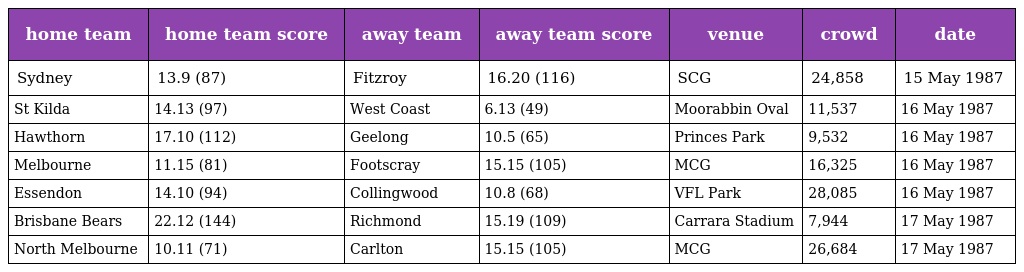
| home team | home team score | away team | away team score | venue | crowd | date |
 | --- | --- | --- | --- | --- | --- | --- |
 | Sydney | 13.9 (87) | Fitzroy | 16.20 (116) | SCG | 24,858 | 15 May 1987 |
 | St Kilda | 14.13 (97) | West Coast | 6.13 (49) | Moorabbin Oval | 11,537 | 16 May 1987 |
 | Hawthorn | 17.10 (112) | Geelong | 10.5 (65) | Princes Park | 9,532 | 16 May 1987 |
 | Melbourne | 11.15 (81) | Footscray | 15.15 (105) | MCG | 16,325 | 16 May 1987 |
 | Essendon | 14.10 (94) | Collingwood | 10.8 (68) | VFL Park | 28,085 | 16 May 1987 |
 | Brisbane Bears | 22.12 (144) | Richmond | 15.19 (109) | Carrara Stadium | 7,944 | 17 May 1987 |
 | North Melbourne | 10.11 (71) | Carlton | 15.15 (105) | MCG | 26,684 | 17 May 1987 |